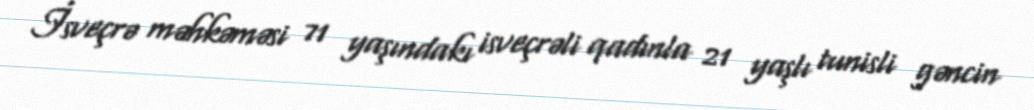
İsveçrə məhkəməsi 71 yaşındakı isveçrəli qadınla 21 yaşlı tunisli gəncin